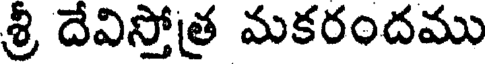
శ్రీ దేవిస్తోత్ర మకరందము